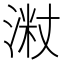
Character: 𱧦